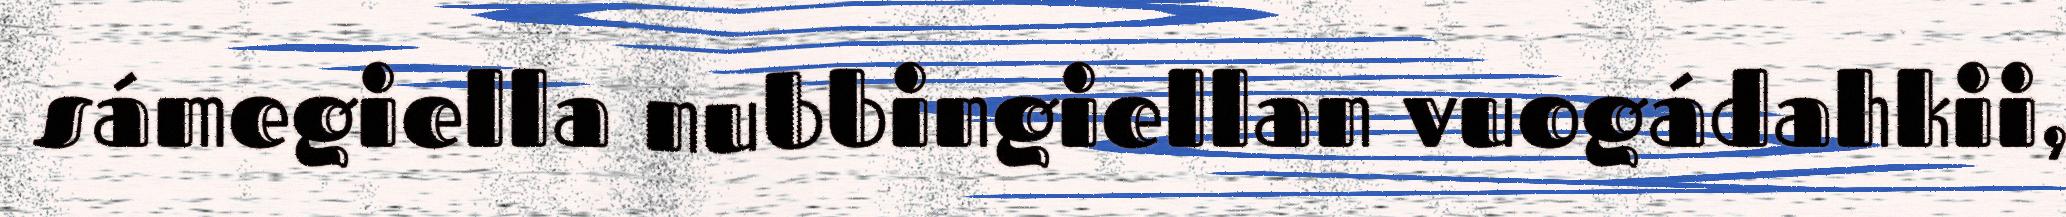
sámegiella nubbingiellan vuogádahkii,